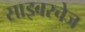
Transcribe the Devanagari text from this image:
साइबरचेज